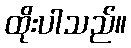
ထိုးပါသည်။